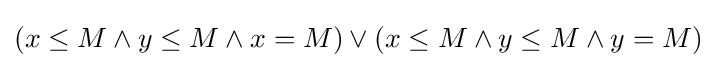
(x\leq M\land y\leq M\land x=M)\lor (x\leq M\land y\leq M\land y=M)